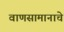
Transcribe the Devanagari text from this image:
वाणसामानाचे